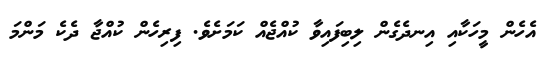
އެހެން މީހަކާއި އިނދެގެން ލިބިފައިވާ ކުއްޖެއް ކަމަށެވެ. ފިރިހެން ކުއްޖާ ދެކެ މަންމަ